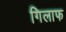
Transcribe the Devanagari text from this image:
गिलाफ